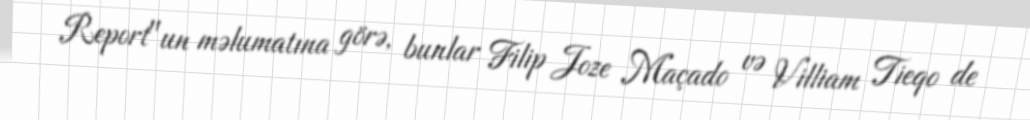
Report"un məlumatına görə, bunlar Filip Joze Maçado və Villiam Tieqo de